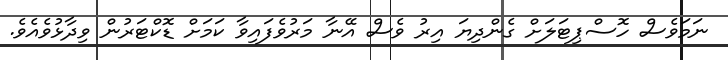
ނަމަވެސް ހޮސްޕިޓަލަށް ގެންދިޔަ އިރު ވެސް އޭނާ މަރުވެފައިވާ ކަމަށް ޑޮކްޓަރުން ވިދާޅުވެއެވެ.